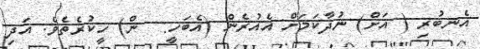
އެނބުރި ( އަށް) ނުދާކަމަށް އެއުރެން (އެބަހީ:  ން) ހީކުރެތެވެ. އަދި